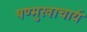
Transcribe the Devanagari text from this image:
षण्मुखाचार्य